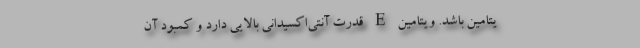
یتامین باشد. ویتامین E قدرت آنتی‌اکسیدانی بالایی دارد و کمبود آن